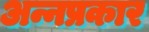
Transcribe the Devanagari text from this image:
अन्नप्रकार